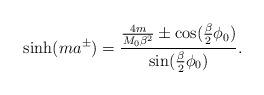
LaTeX: \begin{align*}\sinh (ma^\pm)=\frac{\frac{4m}{M_{0}\beta ^{2}}\pm\cos (\frac{\beta }{2}\phi _{0})}{\sin (\frac{\beta }{2}\phi _{0})}.\end{align*}